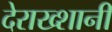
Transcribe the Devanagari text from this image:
देराख्शानी